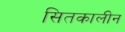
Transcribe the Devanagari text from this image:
सितकालीन